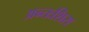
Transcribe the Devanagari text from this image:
अन्तःशिरा